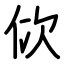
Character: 佽